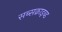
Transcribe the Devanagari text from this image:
सब्सक्राइब्ड